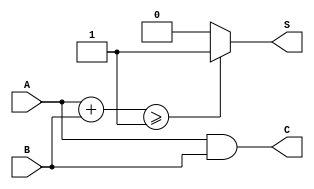
module threshold_half_adder (
    input wire A,     // First input bit
    input wire B,     // Second input bit
    output wire S,    // Sum output
    output wire C     // Carry output
);

// Sum calculation using threshold logic
assign S = (A + B) >= 1 ? 1 : 0;

// Carry calculation
assign C = A & B; // Carry is 1 if both A and B are 1

endmodule